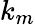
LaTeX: k_{m}